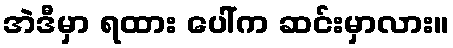
အဲဒီမှာ ရထား ပေါ်က ဆင်းမှာလား။